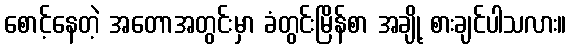
စောင့်နေတဲ့ အတောအတွင်းမှာ ခံတွင်းမြိန်စာ အချို့ စားချင်ပါသလား။